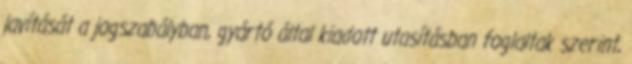
javítását a jogszabályban, gyártó által kiadott utasításban foglaltak szerint,